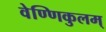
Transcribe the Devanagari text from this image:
वेण्णिकुलम्